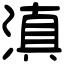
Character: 滇